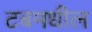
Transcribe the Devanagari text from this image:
टबमधील